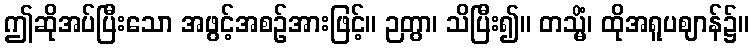
ဤဆိုအပ်ပြီးသော အဖွင့်အစဉ်အားဖြင့်။ ဉတွာ၊ သိပြီး၍။ တသ္မိံ၊ ထိုအရူပဈာန်၌။